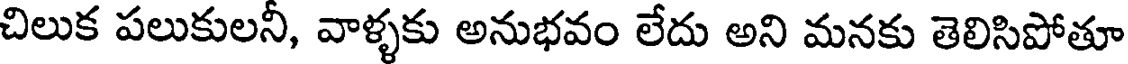
చిలుక పలుకులనీ, వాళ్ళకు అనుభవం లేదు అని మనకు తెలిసిపోతూ